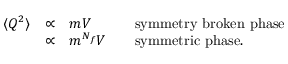
\begin{array} { l c l l } { { \langle Q ^ { 2 } \rangle } } & { { \propto } } & { { m V } } & { { \mathrm { s y m m e t r y \ b r o k e n \ p h a s e } } } \\ { { } } & { { \propto } } & { { m ^ { N _ { f } } V \ \ \ } } & { { \mathrm { s y m m e t r i c \ p h a s e } . } } \end{array}